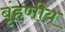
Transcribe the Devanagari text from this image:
बृंहणीय